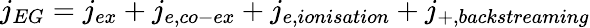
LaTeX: j_{EG}=j_{ex}+j_{e,co-ex}+j_{e,ionisation}+j_{+,backstreaming}